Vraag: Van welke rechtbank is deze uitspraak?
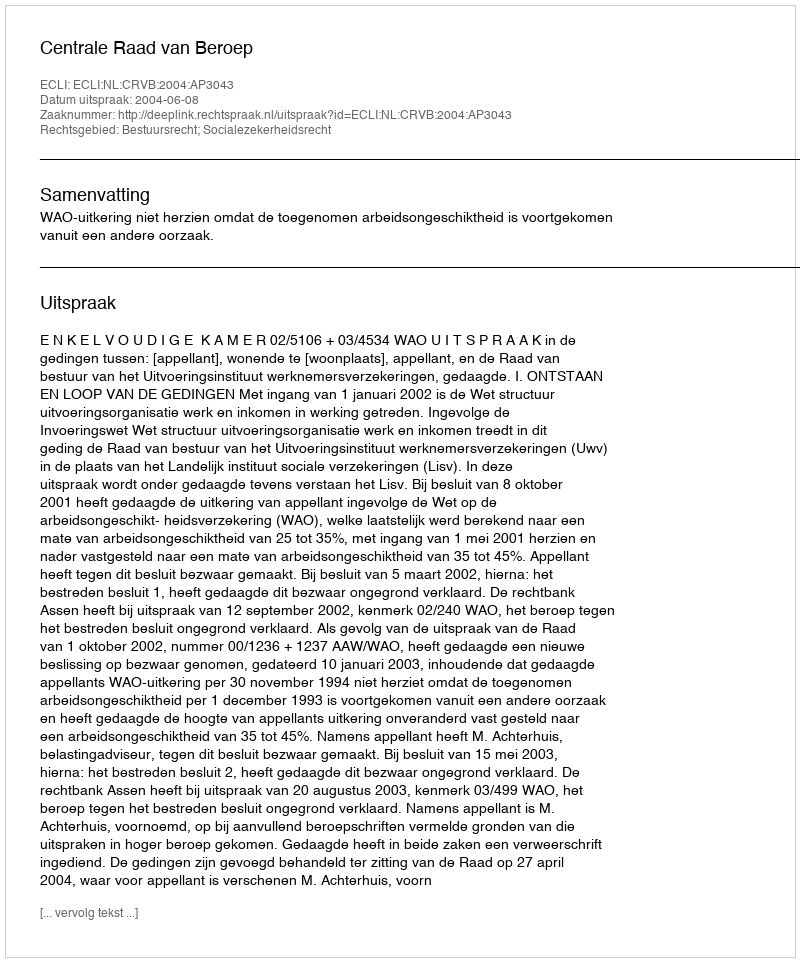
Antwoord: Centrale Raad van Beroep